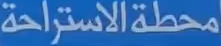
محطة الاستراحة